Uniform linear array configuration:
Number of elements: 4
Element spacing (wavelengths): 0.5
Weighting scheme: hamming
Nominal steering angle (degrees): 45
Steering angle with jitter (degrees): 46.17
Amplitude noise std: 0.05
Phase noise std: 0.05

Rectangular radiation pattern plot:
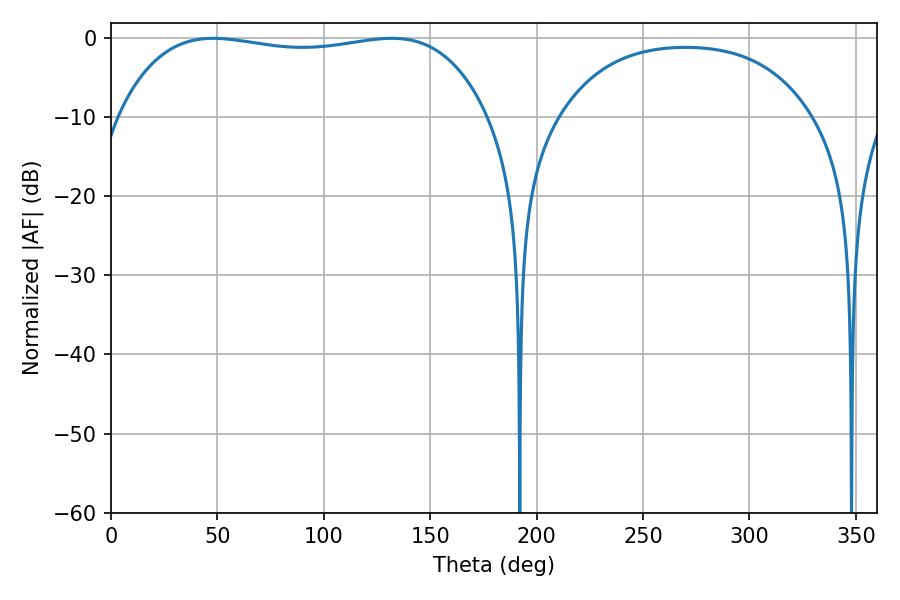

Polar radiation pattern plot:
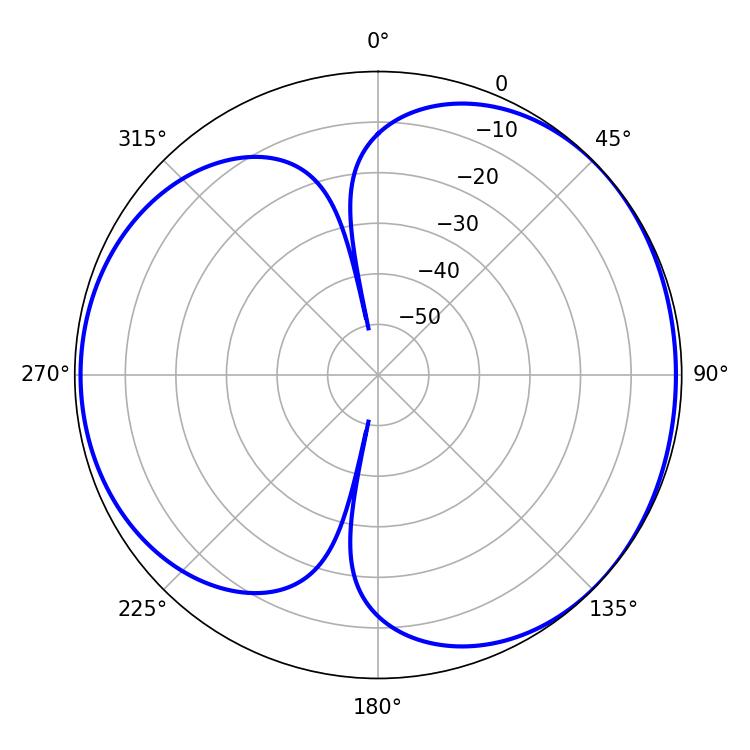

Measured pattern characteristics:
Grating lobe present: FALSE
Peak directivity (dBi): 4.459
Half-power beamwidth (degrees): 139.68
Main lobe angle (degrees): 48.06